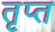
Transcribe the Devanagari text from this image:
तृप्‍त